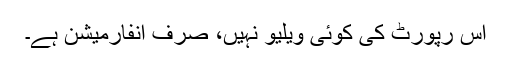
اس رپورٹ کی کوئی ویلیو نہیں، صرف انفارمیشن ہے۔